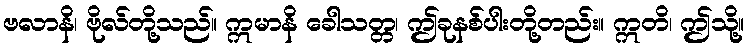
ဗလာနိ၊ ဗိုလ်တို့သည်။ ဣမာနိ ခေါသတ္တ၊ ဤခုနစ်ပါးတို့တည်း။ ဣတိ၊ ဤသို့။